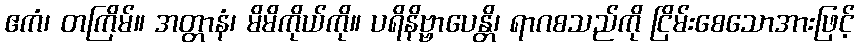
ဧကံ၊ တကြိမ်။ အတ္တာနံ၊ မိမိကိုယ်ကို။ ပရိနိဗ္ဗာပေန္တိ၊ ရာဂစသည်ကို ငြိမ်းစေသောအားဖြင့်